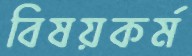
বিষয়কর্ম